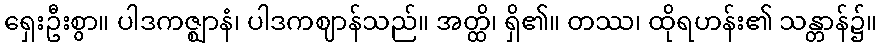
ရှေးဦးစွာ။ ပါဒကဇ္ဈာနံ၊ ပါဒကဈာန်သည်။ အတ္ထိ၊ ရှိ၏။ တဿ၊ ထိုရဟန်း၏ သန္တာန်၌။